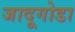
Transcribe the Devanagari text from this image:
जादूगोडा